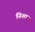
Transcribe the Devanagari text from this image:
निशा